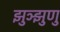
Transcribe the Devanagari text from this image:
झुञ्झुणु